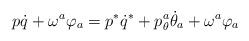
LaTeX: \begin{align*}p\dot{q} +\omega^a\varphi_a = p^*\dot{q}^* + p_\theta^a\dot{\theta}_a+\omega^a\varphi_a\end{align*}